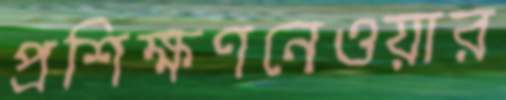
প্রশিক্ষণনেওয়ার